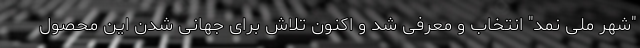
"شهر ملی نمد" انتخاب و معرفی شد و اکنون تلاش برای جهانی شدن این محصول